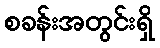
စခန်းအတွင်းရှိ